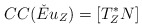
\begin{align*} CC(\check{E}u_Z) = \left[T^*_ZN\right]\end{align*}